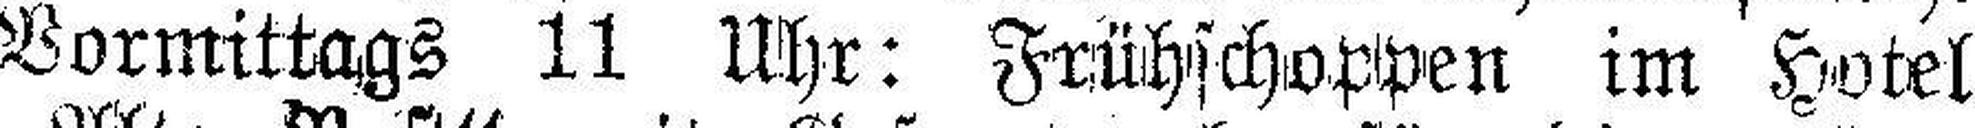
Vormittags 11 Uhr: Frühschoppen im Hotel